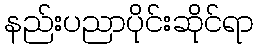
နည်းပညာပိုင်းဆိုင်ရာ